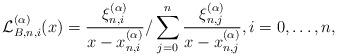
LaTeX: \begin{align*}{\cal L}_{B,n,i}^{(\alpha )}(x) = \frac{{\xi _{n,i}^{(\alpha )}}}{{x - x_{n,i}^{(\alpha )}}}/\sum\limits_{j = 0}^n {\frac{{\xi _{n,j}^{(\alpha )}}}{{x - x_{n,j}^{(\alpha )}}}} ,i = 0, \ldots ,n,\end{align*}